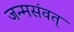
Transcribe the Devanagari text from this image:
जन्मसंवत्